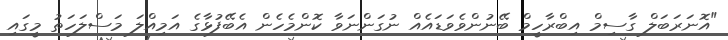
"އޮނަރަބަލް ގާސިމް އިބްރާހީމް ބޭނުންވެވަޑައެއް ނުގަންނަވާ ކޮންމެހެން އެބޭފުޅާގެ އަމިއްލަ މަސްލަހަތު މީގައި